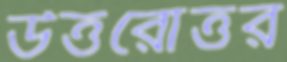
উত্তরোত্তর